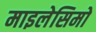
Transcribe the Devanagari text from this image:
माइलेसिमो